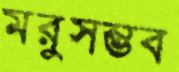
মরুসম্ভব